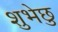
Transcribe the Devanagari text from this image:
शुभेछु